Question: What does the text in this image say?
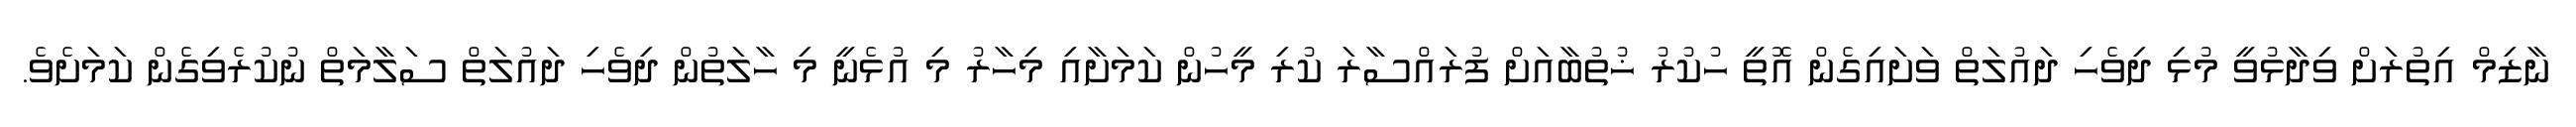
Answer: ނާޒިމް އިތުރަށް ވިދާޅުވީ މުޅި ދިވެހި ދައުލަތް ވަށައިގެން އޮތީ ހުކުރު ޚުތުބާއަށް ފުރައްސާރަ ކުރި މީހުން ކަމަށާއި މިހާރު މި އުޅެނީ މި ހާލަތުން ދިވެހި ދައުލަތް ސަލާމަތް ނުކުރެވިގެން ކަމަށެވެ.